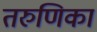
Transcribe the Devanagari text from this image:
तरुणिका